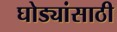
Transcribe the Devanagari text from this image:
घोड्यांसाठी